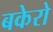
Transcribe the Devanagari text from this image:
बकेरो